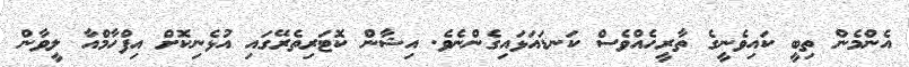
އެންމެން ތިބީ ކައިވެނީގެ ތާރީހެއްވެސް ކަނޑައަޅައިގެންނެވެ. އިޝާން ކޮޓަރިތެރޭގައި އުޅެނިކޮށް އިފްހާމްއާ ލީވާން